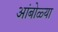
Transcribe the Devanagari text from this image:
आंबोळ्या